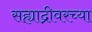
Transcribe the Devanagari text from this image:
सह्याद्रीवरच्या